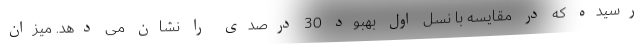
رسیده که در مقایسه با نسل اول بهبود 30 درصدی را نشان می دهد. میزان